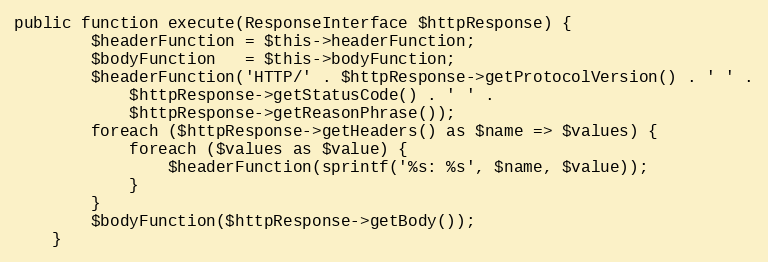
Language: PHP
public function execute(ResponseInterface $httpResponse) {
		$headerFunction = $this->headerFunction;
		$bodyFunction   = $this->bodyFunction;
		$headerFunction('HTTP/' . $httpResponse->getProtocolVersion() . ' ' .
			$httpResponse->getStatusCode() . ' ' .
			$httpResponse->getReasonPhrase());
		foreach ($httpResponse->getHeaders() as $name => $values) {
			foreach ($values as $value) {
				$headerFunction(sprintf('%s: %s', $name, $value));
			}
		}
		$bodyFunction($httpResponse->getBody());
	}